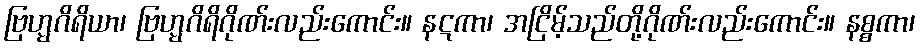
ဗြဟ္မဂိရိယာ၊ ဗြဟ္မဂိရိဂိုဏ်းလည်းကောင်း။ နဋကာ၊ အငြိမ့်သည်တို့ဂိုဏ်းလည်းကောင်း။ နစ္စကာ၊